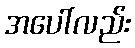
အပေါ်လည်း